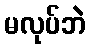
မလုပ်ဘဲ